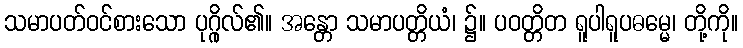
သမာပတ်ဝင်စားသော ပုဂ္ဂိုလ်၏။ အန္တော သမာပတ္တိယံ၊ ၌။ ပဝတ္တိတ ရူပါရူပဓမ္မေ၊ တို့ကို။